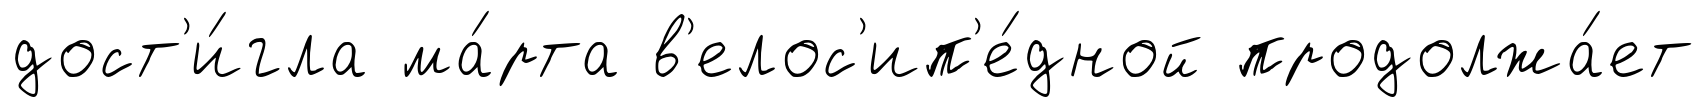
дост'и́гла ма́рта в'елос'ип'е́дной продолжа́ет